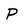
Character: P